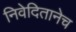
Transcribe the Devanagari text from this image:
निवेदितानेच